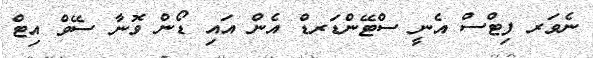
ނެވަރ ފިޓްސް އެނީ ސްޓޭންޑަރޑް އެން އައި ޑޯން ވޮނާ ސޭވް އިޓް